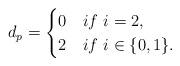
LaTeX: \begin{align*}d_p=\begin{cases}0& if~i=2,\\2& if~i\in\{0,1\}.\end{cases}\end{align*}